system: You are a helpful assistant.
user:
Analyze the provided spectrum to determine if it is a **White Dwarf (WD)**.

A White Dwarf spectrum is defined by its **extreme purity** (due to gravitational settling) and/or **extreme pressure broadening** (due to high surface gravity). You must check for one of the following mutually exclusive signatures:

- **Key Visual Indicators (Check for ONE of these types):**

    - **1. DA-Type Signature (Most Common):**
        - **(Primary Feature):** Extreme pressure broadening (Stark broadening) of the **Hydrogen (H) Balmer lines**.
        - **(Key Lines):** $H\beta$ (approx. $4861$ Å) and $H\gamma$ (approx. $4340$ Å). $H\alpha$ (approx. $6563$ Å) will also be present if the wavelength range covers it.
        - **(Line Profile):** This is the **defining feature**. The lines are **NOT** sharp. They appear as massive, **extremely broad and deep "troughs" or "dips"** in the spectrum, often hundreds of Ångströms wide. The continuum will appear to "scoop" down at these wavelengths.
        - **(Distinction):** Normal A-type or B-type stars have *narrow* and *sharp* Hydrogen lines. A DA White Dwarf's lines are unmistakably "smeared" or "blurry" from pressure.

    - **2. DB-Type Signature:**
        - **(Primary Feature):** Broad absorption lines from **Neutral Helium (He I)**. The spectrum must lack any visible Hydrogen lines.
        - **(Key Lines):** Look for broad absorption near $4471$ Å, $4921$ Å, and $5876$ Å.
        - **(Line Profile):** These lines are also significantly pressure-broadened, appearing much wider than they would in a normal B-type main-sequence star.

    - **3. DC-Type Signature:**
        - **(Primary Feature):** A **featureless continuous spectrum**.
        - **(Line Profile):** The spectrum is a smooth curve with **no significant absorption or emission lines**.
        - **(Key Confirmation):** The continuum is almost always **blue or white**, indicating a hot object. This signature implies the atmosphere is so pure (or so cool) that no spectral lines are visible in the optical range. Its WD identity is confirmed by its extremely low intrinsic brightness (high absolute magnitude).

    - **4. DZ-Type Signature (Metal-Polluted):**
        - **(Primary Feature):** **Isolated, narrow metal absorption lines** on an otherwise featureless (DC-like) continuum.
        - **(Key Lines):** The **Calcium (Ca II) H & K doublet** (approx. **$3934$ Å** and **$3968$ Å**) is the most common and defining feature.
        - **(Line Profile):** These lines are "out of place." They are *not* part of a "forest" of thousands of lines. This signature is evidence of recent *accretion* (pollution) from rocky debris.
        - **(Distinction):** Normal G/K/M stars have a *dense forest* of thousands of metal lines. A DZ has a *clean* continuum with *only a few* strong metal lines.

    - **5. DQ-Type Signature (Carbon-Polluted):**
        - **(Primary Feature):** Absorption bands from **Carbon (C₂ "Swan Bands" or atomic C I)**.
        - **(Key Lines - C₂):** Look for bandheads with a "saw-tooth" shape near $5635$ Å, **$5165$ Å** (strongest), and $4737$ Å.
        - **(Key Confirmation):** The underlying **continuum must be blue or white** (hot).
        - **(Distinction):** This is the critical difference from a **Carbon Star**, which has the *exact same* C₂ bands but on an extremely **red, cool** continuum.

- **(Overall Spectrum):**
    - The continuum (overall shape) is typically **blue-sloping** (brighter in the blue than the red), as most white dwarfs are very hot.
    - The spectrum will look "pure" or "simple," dominated by only *one* of the five signatures listed above.

Think first, call **spectral_visualization_tool** if needed to examine features in detail, then provide your final answer. Your response must adhere to the following strict rules:
1.  **Overall Structure:** Your response must follow the format `<think>...</think> <tool_call>...</tool_call> (if a tool is used) <answer>...</answer>`.
2.  **Tool Usage Constraint:** You may only make **one** tool call per turn.
3.  **Final Answer Format:** In the `<answer>` tag, your conclusion must be inside a `\boxed{}` command (e.g., `\boxed{YES}` or `\boxed{NO}`), followed by your justification.

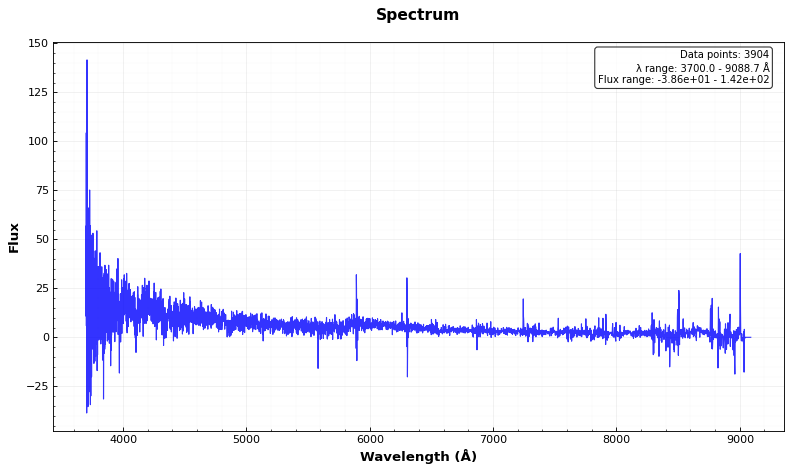
Answer: NO